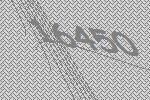
16450